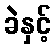
ခဲနှင့်